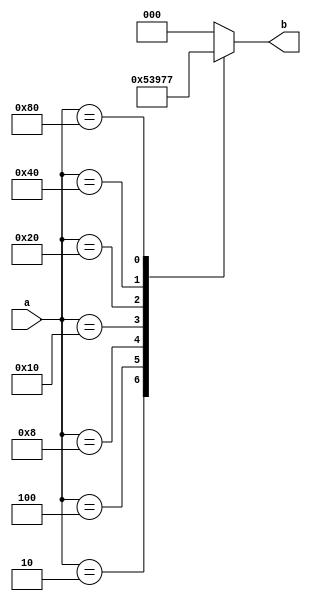
module encoder8x3(
	input [7:0] a,
	output reg [2:0] b
	
);

always@(*)
	begin
		case(a)
			8'b00000001 : b = 3'b000;
			8'b00000010 : b = 3'b001;
			8'b00000100 : b = 3'b010;
			8'b00001000 : b = 3'b011;
			8'b00010000 : b = 3'b100;
			8'b00100000 : b = 3'b101;
			8'b01000000 : b = 3'b110;
			8'b10000000 : b = 3'b111;
			default  : b = 3'b000;
		endcase
		
	end
endmodule